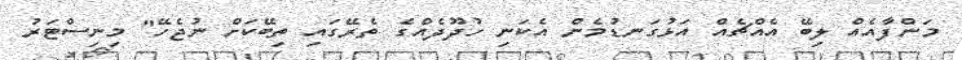
މަންފާއެއް ލިބޭ އެއްޗެއް އަޅުގަނޑުމެން އެކަނި ހުދޫދެއްގެ ތެރޭގައި ތިބޭކަށް ނުޖެހޭ" މިނިސްޓަރު